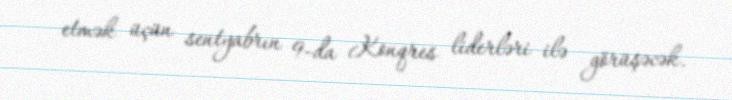
etmək üçün sentyabrın 9-da Konqres liderləri ilə görüşəcək.